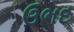
ઉભદ